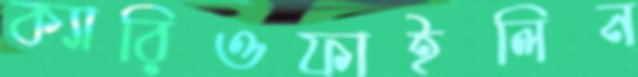
ক্যারিওফাইলিন